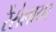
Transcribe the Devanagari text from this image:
रेंसेलायर